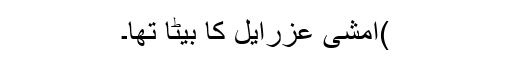
)امشی عزرایل کا بیٹا تھا۔